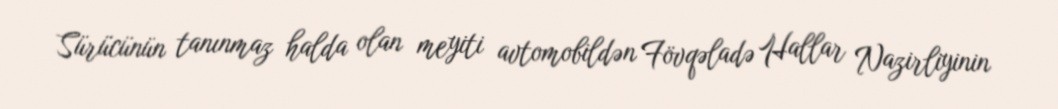
Sürücünün tanınmaz halda olan meyiti avtomobildən Fövqəladə Hallar Nazirliyinin